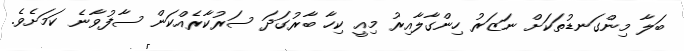
ބަލާ މިންގަނޑުތަކަށް ނަޒަރު ހިންގާލާއިރު މިއީ ކިހާ ބާރުގަދަ ސަރުކާރެއްކަން ސާފުވާނެ ކަމަށެވެ.